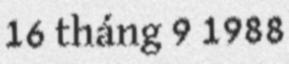
16 tháng 9 1988